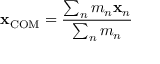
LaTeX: \mathbf { x } _ { \mathrm { C O M } } = { \frac { \sum _ { n } m _ { n } \mathbf { x } _ { n } } { \sum _ { n } m _ { n } } }